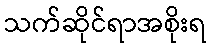
သက်ဆိုင်ရာအစိုးရ